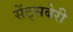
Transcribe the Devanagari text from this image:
सेंट्सबेरी